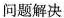
问题解决